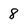
Character: 8